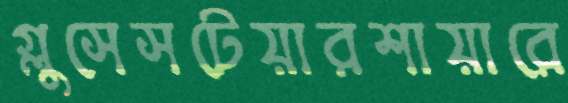
গ্লুসেসটেয়ারশায়ারে